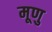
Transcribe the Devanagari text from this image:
मूणु